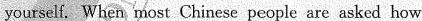
yourself. When most Chinese people are asked how